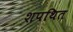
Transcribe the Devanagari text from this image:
शपथित